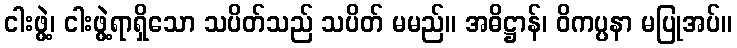
ငါးဖွဲ့၊ ငါးဖွဲ့ရာရှိသော သပိတ်သည် သပိတ် မမည်။ အဓိဋ္ဌာန်၊ ဝိကပ္ပနာ မပြုအပ်။